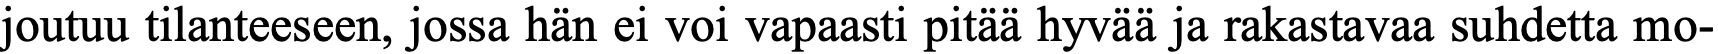
joutuu tilanteeseen, jossa hän ei voi vapaasti pitää hyvää ja rakastavaa suhdetta mo-